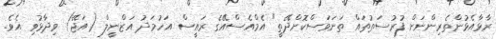
ރާޅާއެޅުންތެރިންނަށް ފުރުސަތުތައް ތަނަވަސްކޮށްދޭތީ" އެމްއެސްއޭގެ ރައީސް އަހުމަދު އަޒްނީލް (އަޖޭ) ވިދާޅުވި އެވެ.